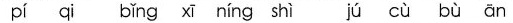
pí qi bǐng xī níng shì jú cù bù ān